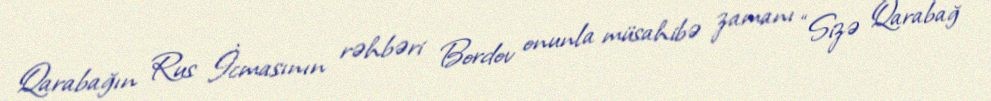
Qarabağın Rus İcmasının rəhbəri Bordov onunla müsahibə zamanı “Sizə Qarabağ